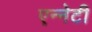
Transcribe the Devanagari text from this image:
एन्नेटी